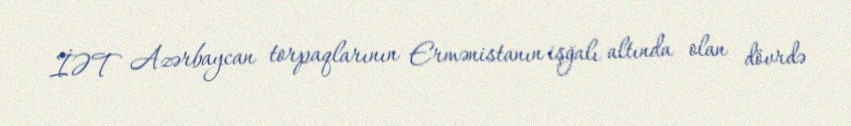
İƏT Azərbaycan torpaqlarının Ermənistanın işğalı altında olan dövrdə